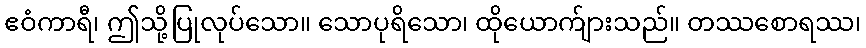
ဧဝံကာရီ၊ ဤသို့ပြုလုပ်သော။ သောပုရိသော၊ ထိုယောက်ျားသည်။ တဿစောရဿ၊